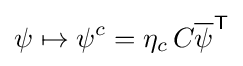
\psi \mapsto \psi ^{c}=\eta _{c}\,C{\overline {\psi }}^{\textsf {T}}